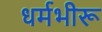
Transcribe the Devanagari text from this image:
धर्मभीरू